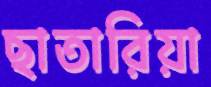
ছাতারিয়া